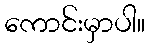
ကောင်းမှာပါ။